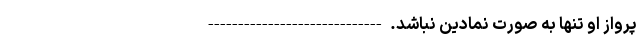
پرواز او تنها به صورت نمادین نباشد. -----------------------------